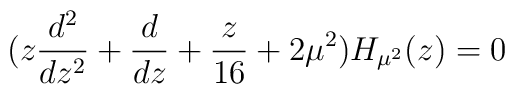
\bigl( z{d^2\over dz^2}+{d\over dz}+{z\over 16}+2\mu^2) H_{\mu^2} (z)=0